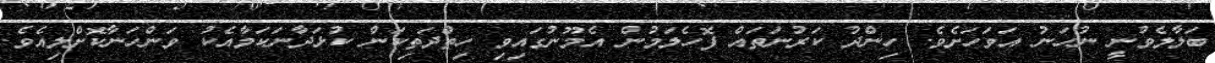
ބަލާލެވުނީ ނުހަނު އަވަހަށެވެ. ހިންދު ކަރުނަތައް ފޮހެލަމުން އެމޫނުގައިވި ހިތްދަތިކަން ކުޅަދާނަކަމާއެކު ވަންހަނާކޮށްލިއެވެ.